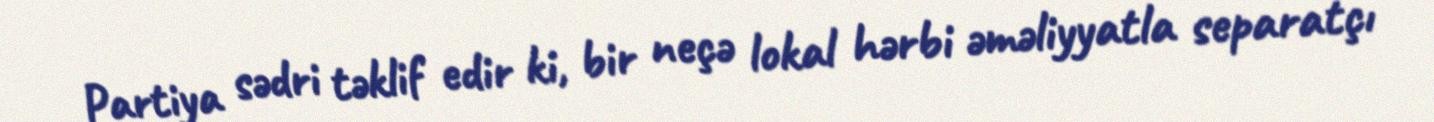
Partiya sədri təklif edir ki, bir neçə lokal hərbi əməliyyatla separatçı